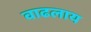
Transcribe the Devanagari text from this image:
वाढलाय